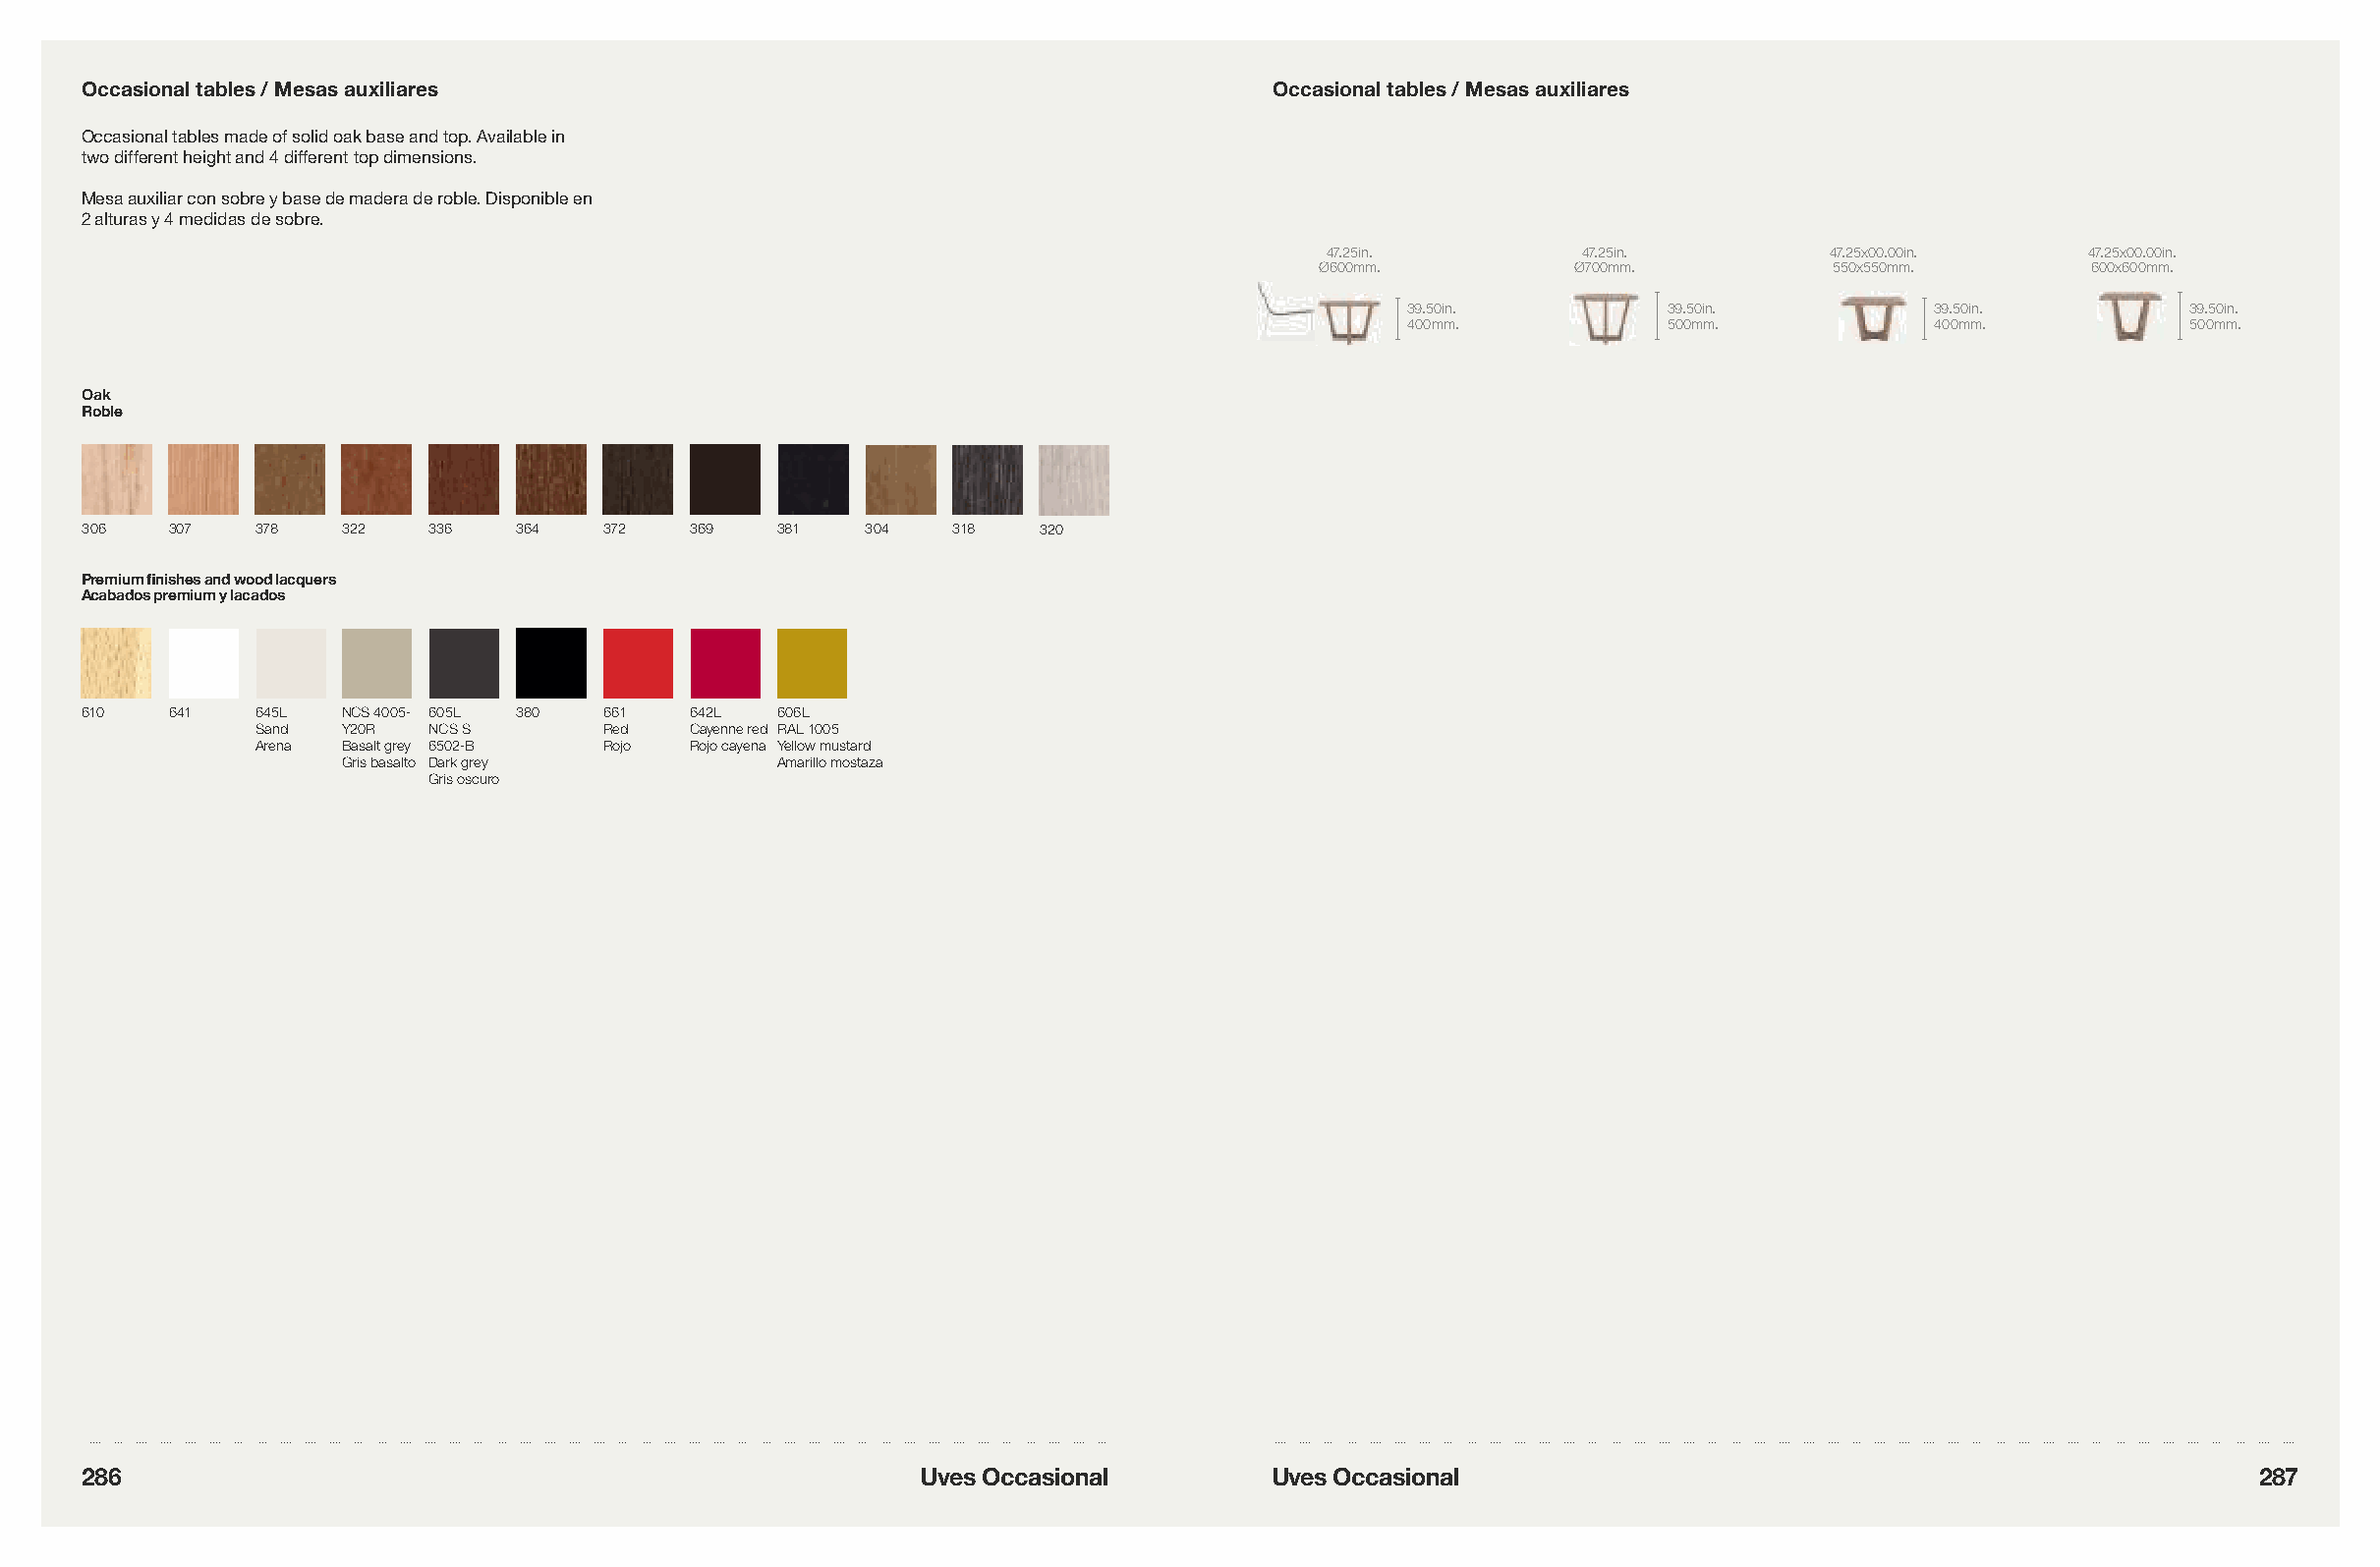
Occasional tables / Mesas auxiliares                                             Occasional tables / Mesas auxiliares
 Occasional tables made of solid oak base and top. Available in
 two different height and 4 different top dimensions.
 Mesa auxiliar con sobre y base de madera de roble. Disponible en
 2 alturas y 4 medidas de sobre.
 47.25in.          47.25in.        47.25x00.00in.    47.25x00.00in.
 Ø600mm.          Ø700mm.          550x550mm.        600x600mm.
 39.50in.         39.50in.          39.50in.         39.50in.
 400mm.           500mm.            400mm.           500mm.
 Oak
 Roble
 306  307   378   322   336   364   372  369   381   304   318   320
 Premium finishes and wood lacquers
 Acabados premium y lacados
 610   641   645L  NCS 4005- 605L 380 661 642L  606L
 Sand  Y20R  NCS S       Red  Cayenne red RAL 1005
 Arena Basalt grey 6502-B Rojo Rojo cayena Yellow mustard
 Gris basalto Dark grey       Amarillo mostaza
 Gris oscuro
 286                                                      Uves Occasional         Uves Occasional                                                   287